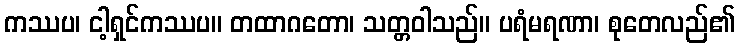
ကဿပ၊ ငါ့ရှင်ကဿပ။ တထာဂတော၊ သတ္တဝါသည်။ ပရံမရဏာ၊ စုတေလည်၏